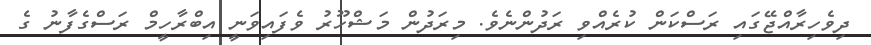
ދިވެހިރާއްޖޭގައި ރަސްކަން ކުރެއްވި ރަދުންނެވެ. މިރަދުން މަޝްހޫރު ވެފައިވަނީ އިބްރާހީމް ރަސްގެފާނު ގެ